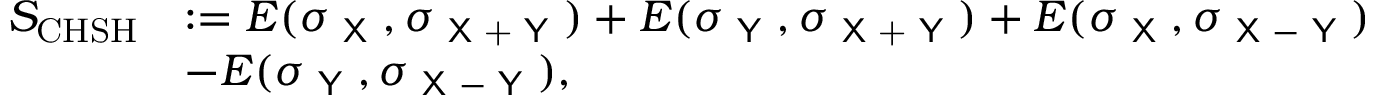
\begin{array} { r l } { S _ { \mathrm { C H S H } } } & { : = E ( \sigma _ { \textsf { X } } , \sigma _ { \textsf { X + Y } } ) + E ( \sigma _ { \textsf { Y } } , \sigma _ { \textsf { X + Y } } ) + E ( \sigma _ { \textsf { X } } , \sigma _ { \textsf { X } - \textsf { Y } } ) } \\ & { - E ( \sigma _ { \textsf { Y } } , \sigma _ { \textsf { X } - \textsf { Y } } ) , } \end{array}